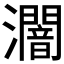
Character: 𤃷